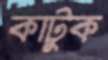
কাটুক